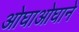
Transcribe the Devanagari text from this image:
ओघाओघाने